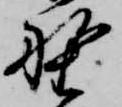
野